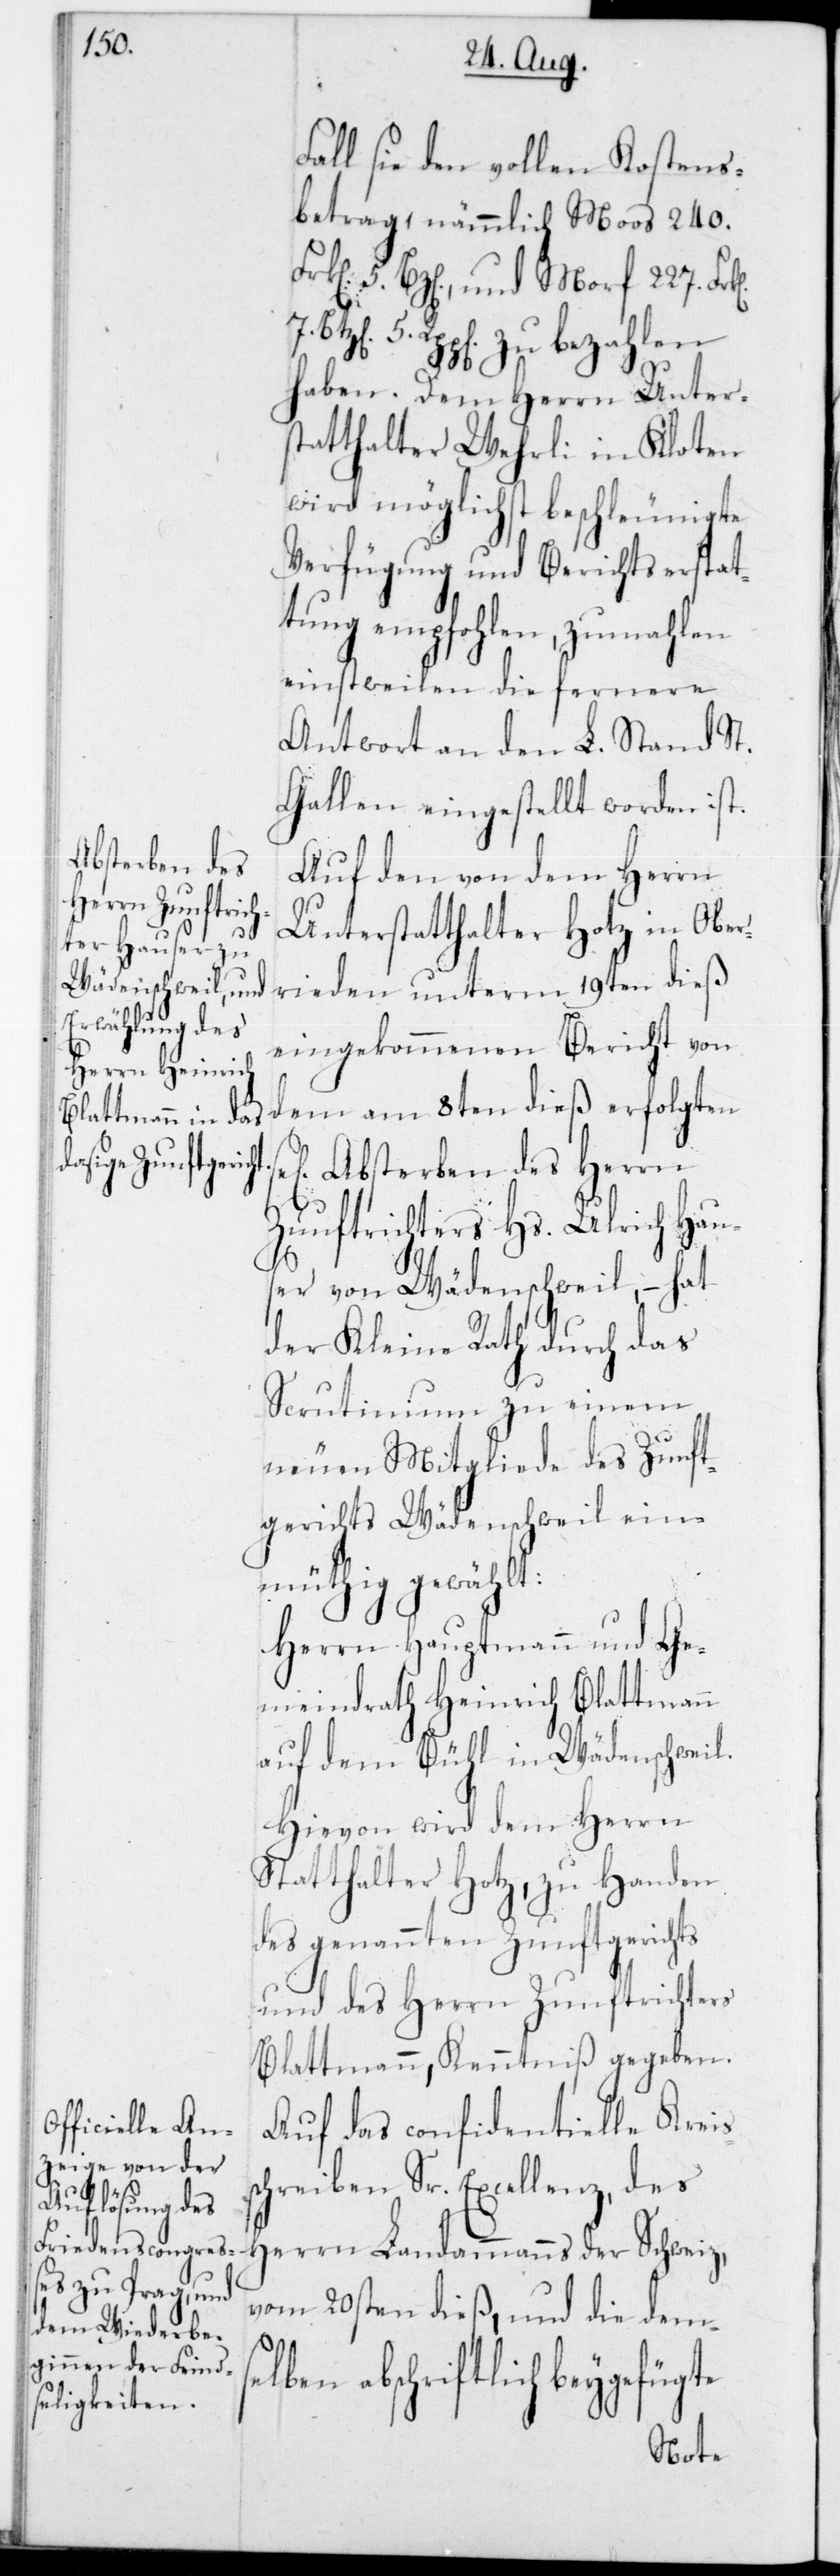
s¬

Fall sie den vollen Kostens¬
betrag, nämmlich Moos 240
5 Rpp[en] zu bezahlen
haben. Dem Herrn Unter¬
statthalter Wehrli in Kloten
wird möglichst beschleunigte
Verfügung und Berichtserstat¬
tung empfohlen, zumahlen
einstweilen die fernere
Antwort an den L. Stand St.
Gallen eingestellt worden ist.
Auf den von dem Herrn
Unterstatthalter Hotz in Ober¬
rieden unterm 19ten dieß
eingekommenen Bericht von
dem am 8ten dieß erfolgten
Absterben des Herrn
Zunftrichters Hs. Ulrich Hau¬
ser von Wädenschweil, – hat
der Kleine Rath durch das
Scrutinium zu einem
neuen Mitgliede des Zunft¬
gerichts Wädenschweil ein¬
müthig gewählt:
Herrn Hauptmann und Ge¬
meindrath Heinrich Blattmann
auf dem Bühl in Wädenschweil.
Hievon wird dem Herrn
Statthalter Hotz zu Handen
des genannten Zunftgerichts
und des Herrn Zunftrichters
Blattmann, Kenntniß gegeben.
Auf das confidentielle Kreis¬
chreiben Sr. Excellenz, des
Herrn Landammanns der Schweiz,
vom 20sten dieß, und die demse¬
lben abschriftlich beygef¬
ügte